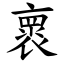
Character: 褱